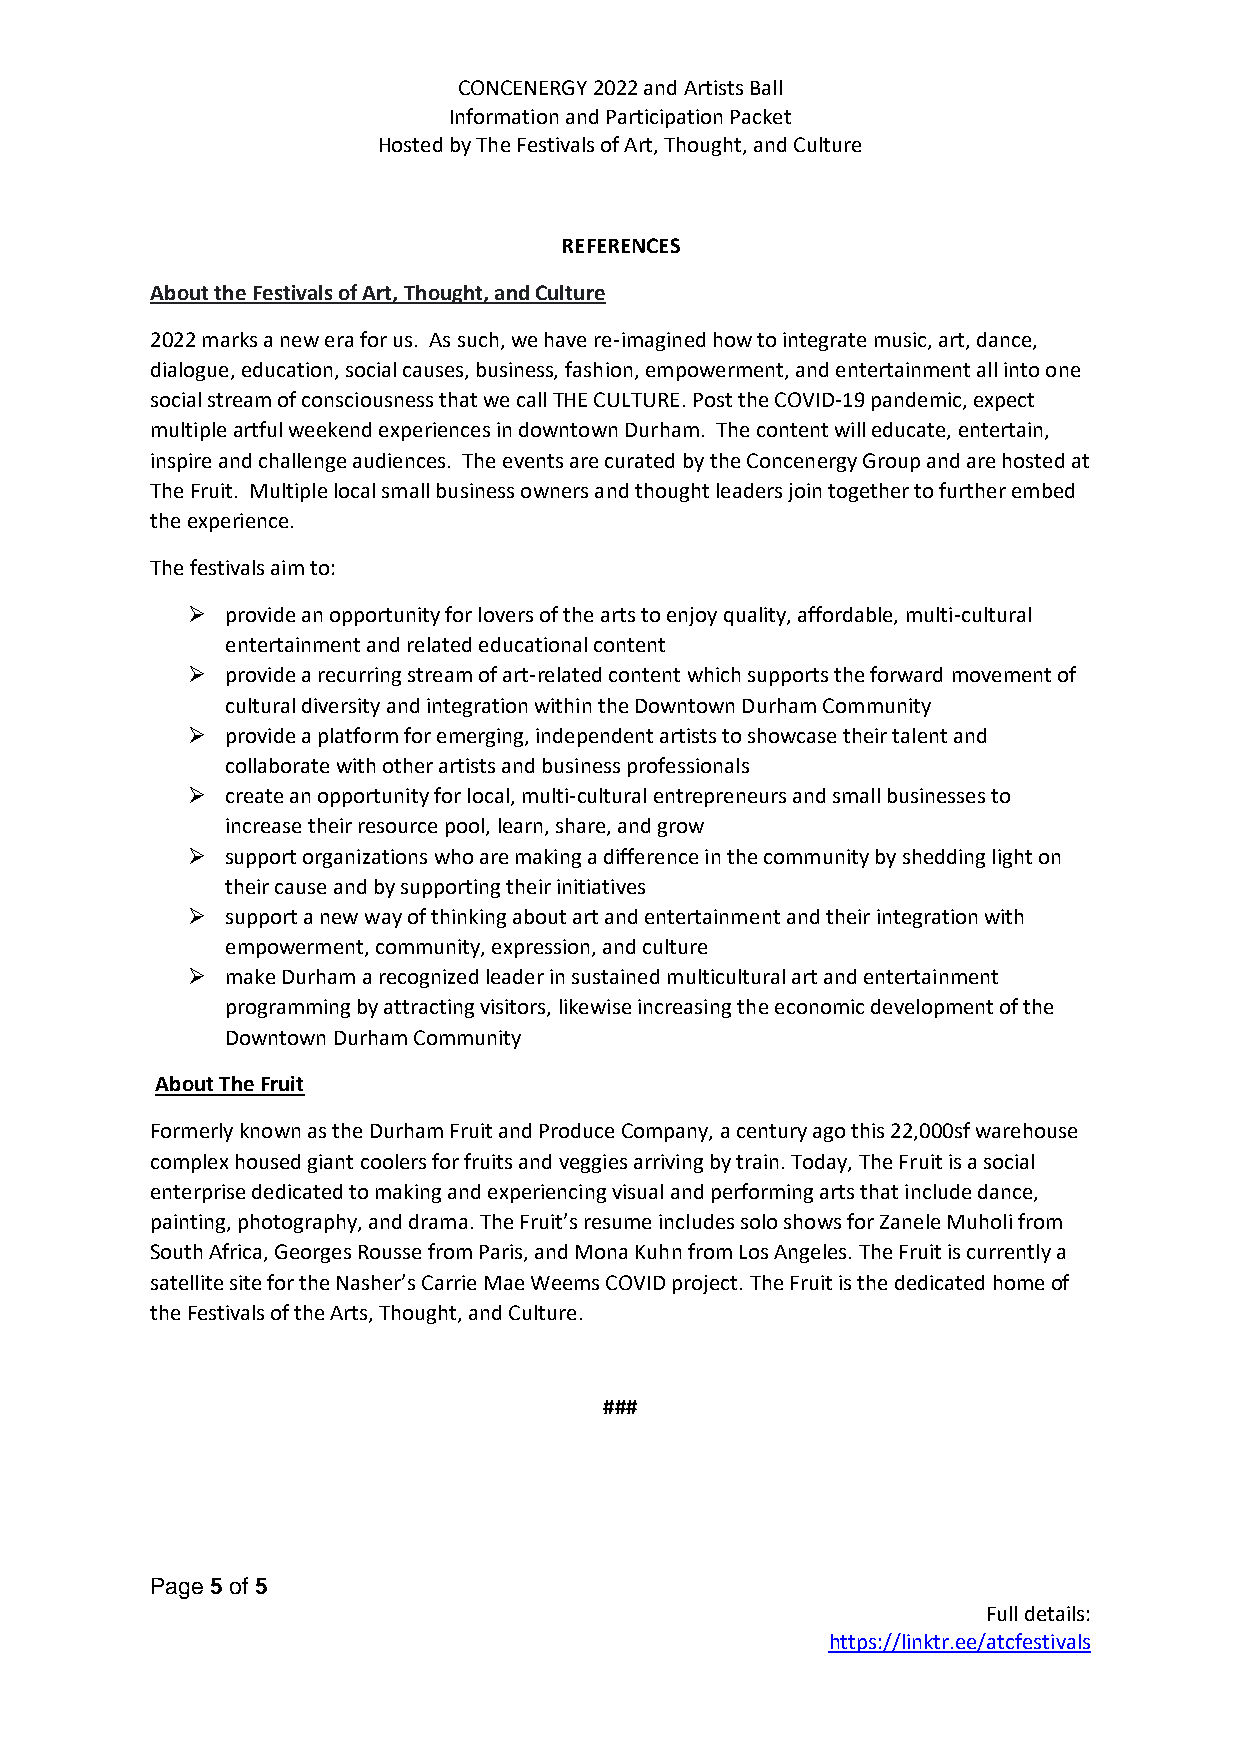
CONCENERGY 2022 and Artists Ball
 Information and Participation Packet
 Hosted by The Festivals of Art, Thought, and Culture
 REFERENCES
 About the Festivals of Art, Thought, and Culture
 2022 marks a new era for us. As such, we have re-imagined how to integrate music, art, dance,
 dialogue, education, social causes, business, fashion, empowerment, and entertainment all into one
 social stream of consciousness that we call THE CULTURE. Post the COVID-19 pandemic, expect
 multiple artful weekend experiences in downtown Durham. The content will educate, entertain,
 inspire and challenge audiences. The events are curated by the Concenergy Group and are hosted at
 The Fruit. Multiple local small business owners and thought leaders join together to further embed
 the experience.
 The festivals aim to:
 ➢  provide an opportunity for lovers of the arts to enjoy quality, affordable, multi-cultural
 entertainment and related educational content
 ➢  provide a recurring stream of art-related content which supports the forward movement of
 cultural diversity and integration within the Downtown Durham Community
 ➢  provide a platform for emerging, independent artists to showcase their talent and
 collaborate with other artists and business professionals
 ➢  create an opportunity for local, multi-cultural entrepreneurs and small businesses to
 increase their resource pool, learn, share, and grow
 ➢  support organizations who are making a difference in the community by shedding light on
 their cause and by supporting their initiatives
 ➢  support a new way of thinking about art and entertainment and their integration with
 empowerment, community, expression, and culture
 ➢  make Durham a recognized leader in sustained multicultural art and entertainment
 programming by attracting visitors, likewise increasing the economic development of the
 Downtown Durham Community
 About The Fruit
 Formerly known as the Durham Fruit and Produce Company, a century ago this 22,000sf warehouse
 complex housed giant coolers for fruits and veggies arriving by train. Today, The Fruit is a social
 enterprise dedicated to making and experiencing visual and performing arts that include dance,
 painting, photography, and drama. The Fruit’s resume includes solo shows for Zanele Muholi from
 South Africa, Georges Rousse from Paris, and Mona Kuhn from Los Angeles. The Fruit is currently a
 satellite site for the Nasher’s Carrie Mae Weems COVID project. The Fruit is the dedicated home of
 the Festivals of the Arts, Thought, and Culture.
 ###
 Page 5 of 5
 Full details:
 https://linktr.ee/atcfestivals